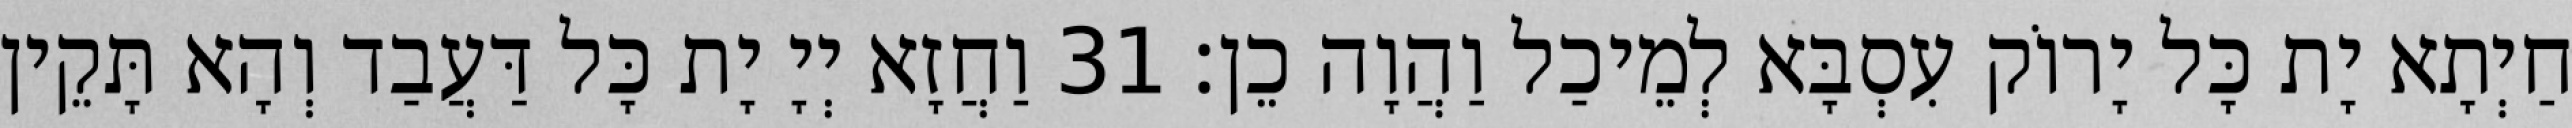
חַיְתָא יָת כָּל יָרוֹק עִסְבָּא לְמֵיכַל וַהֲוָה כֵן׃ 31 וַחֲזָא יְיָ יָת כָּל דַּעֲבַד וְהָא תָּקֵין